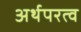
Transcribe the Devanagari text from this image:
अर्थपरत्व